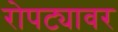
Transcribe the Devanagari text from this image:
रोपट्यावर